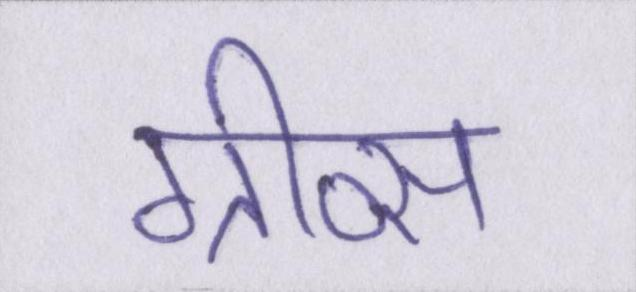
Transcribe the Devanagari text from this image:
ग्रीव्स